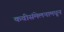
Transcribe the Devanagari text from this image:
कवीसंमेलनामधून